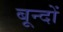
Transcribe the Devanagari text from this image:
बून्दों